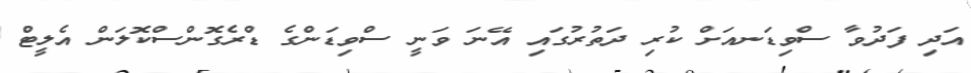
އަދި ފަދުވާ ސްވިޑަނއަށް ކުރި ދަތުރުގައި އޭނަ ވަނީ ސްވިޑަންގެ ޑްރެގޮންސްކޮލަން އެލީޓް